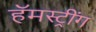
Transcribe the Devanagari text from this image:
हॅमस्ट्रींग